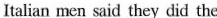
Italian men said they did the